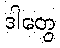
ဒါတွေ